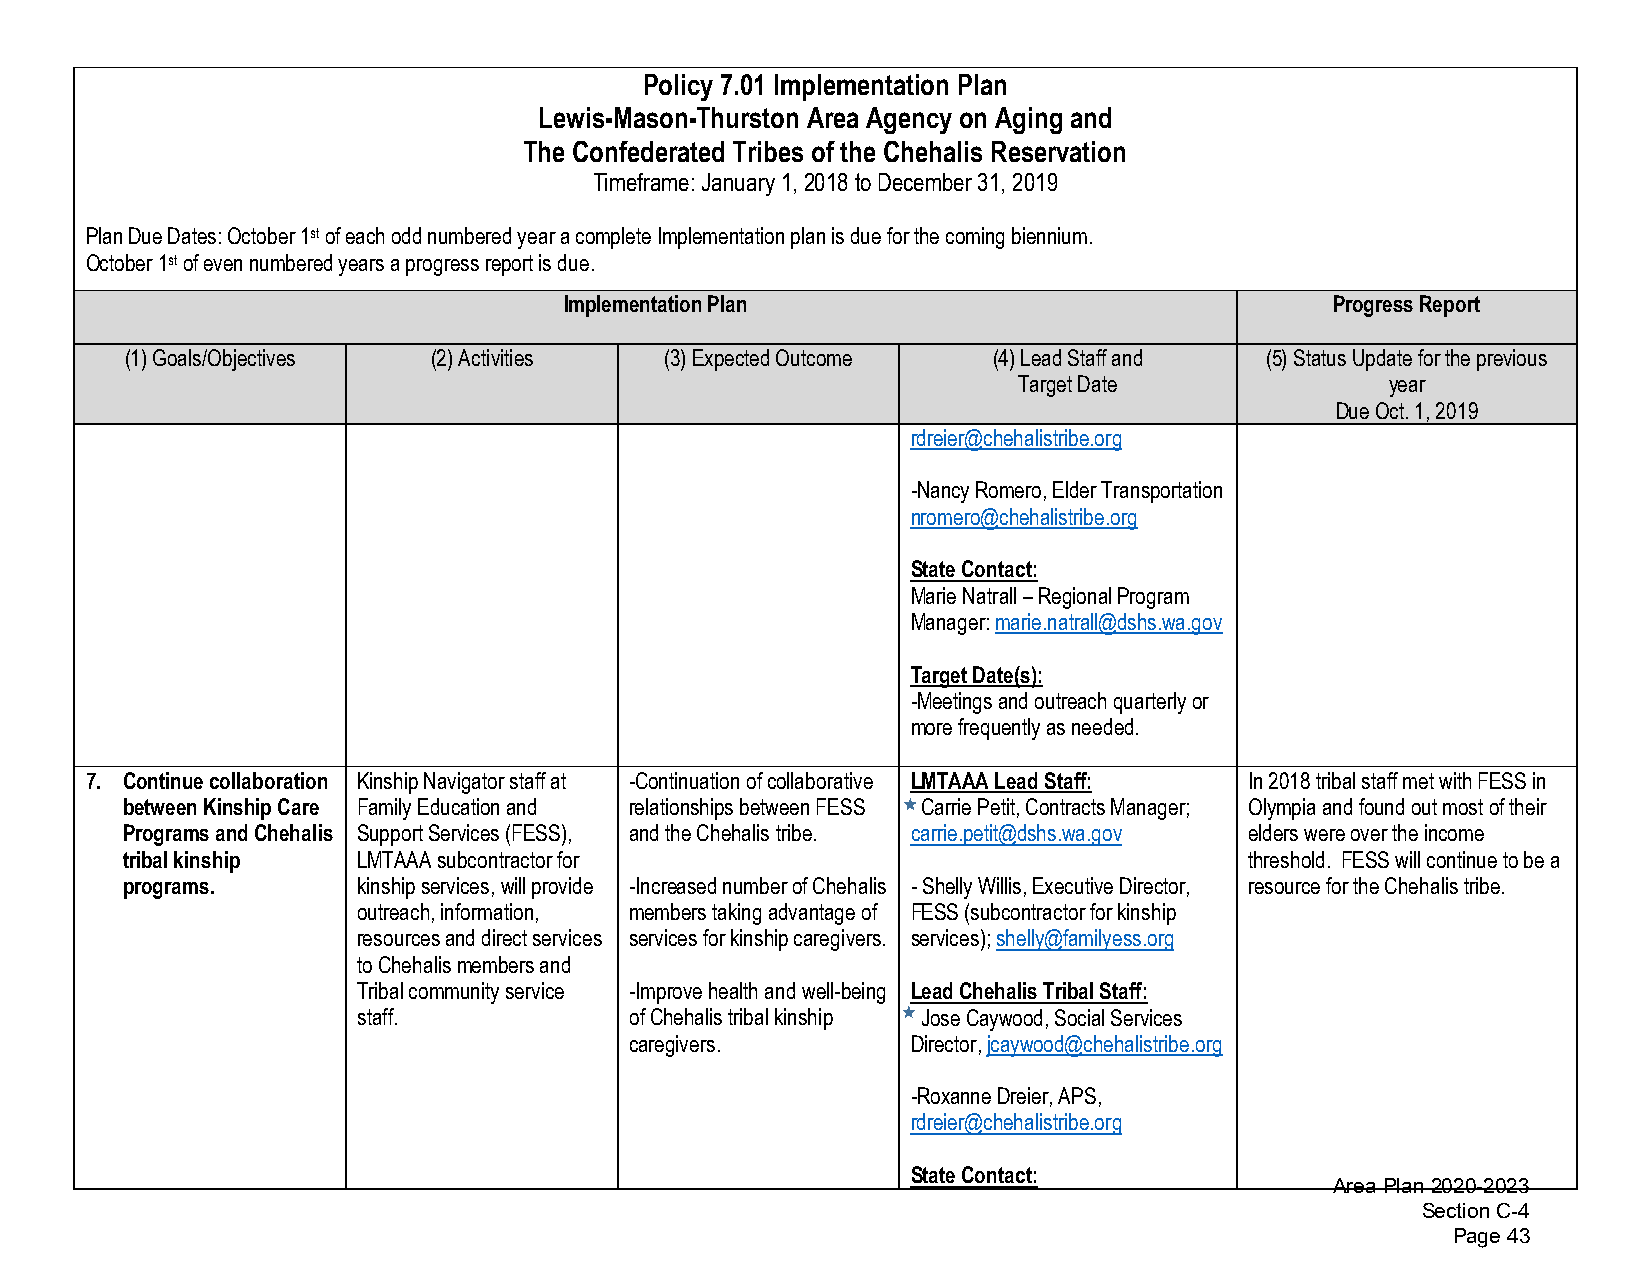
Policy 7.01 Implementation Plan
 Lewis-Mason-Thurston Area Agency on Aging and
 The Confederated Tribes of the Chehalis Reservation
 Timeframe: January 1, 2018 to December 31, 2019
 Plan Due Dates: October 1st of each odd numbered year a complete Implementation plan is due for the coming biennium.
 October 1st of even numbered years a progress report is due.
 Implementation Plan                                Progress Report
 (1)Goals/Objectives  (2)Activities  (3)Expected Outcome   (4)Lead Staff and (5)Status Update for the previous
 Target Date              year
 Due Oct. 1, 2019
 rdreier@chehalistribe.org
 -Nancy Romero, Elder Transportation
 nromero@chehalistribe.org
 State Contact:
 Marie Natrall – Regional Program
 Manager: marie.natrall@dshs.wa.gov
 Target Date(s):
 -Meetings and outreach quarterly or
 more frequently as needed.
 7. Continue collaboration Kinship Navigator staff at -Continuation of collaborative LMTAAA Lead Staff: In 2018 tribal staff met with FESS in
 between Kinship Care Family Education and relationships between FESS Carrie Petit, Contracts Manager; Olympia and found out most of their
 Programs and Chehalis Support Services (FESS), and the Chehalis tribe. carrie.petit@dshs.wa.gov elders were over the income
 tribal kinship  LMTAAA subcontractor for                                   threshold. FESS will continue to be a
 programs.       kinship services, will provide -Increased number of Chehalis -Shelly Willis, Executive Director, resource for the Chehalis tribe.
 outreach, information, members taking advantage of FESS (subcontractor for kinship
 resources and direct services services for kinship caregivers. services); shelly@familyess.org
 to Chehalis members and
 Tribal community service -Improve health and well-being Lead Chehalis Tribal Staff:
 staff.            of Chehalis tribal kinship Jose Caywood, Social Services
 caregivers.       Director, jcaywood@chehalistribe.org
 -Roxanne Dreier, APS,
 rdreier@chehalistribe.org
 State Contact:
 Area Plan 2020-2023
 Section C-4
 Page 43